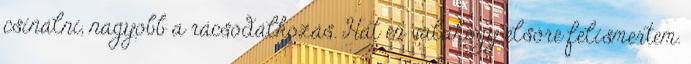
csinálni, nagyobb a rácsodálkozás. Hát én valahogy elsőre felismertem.